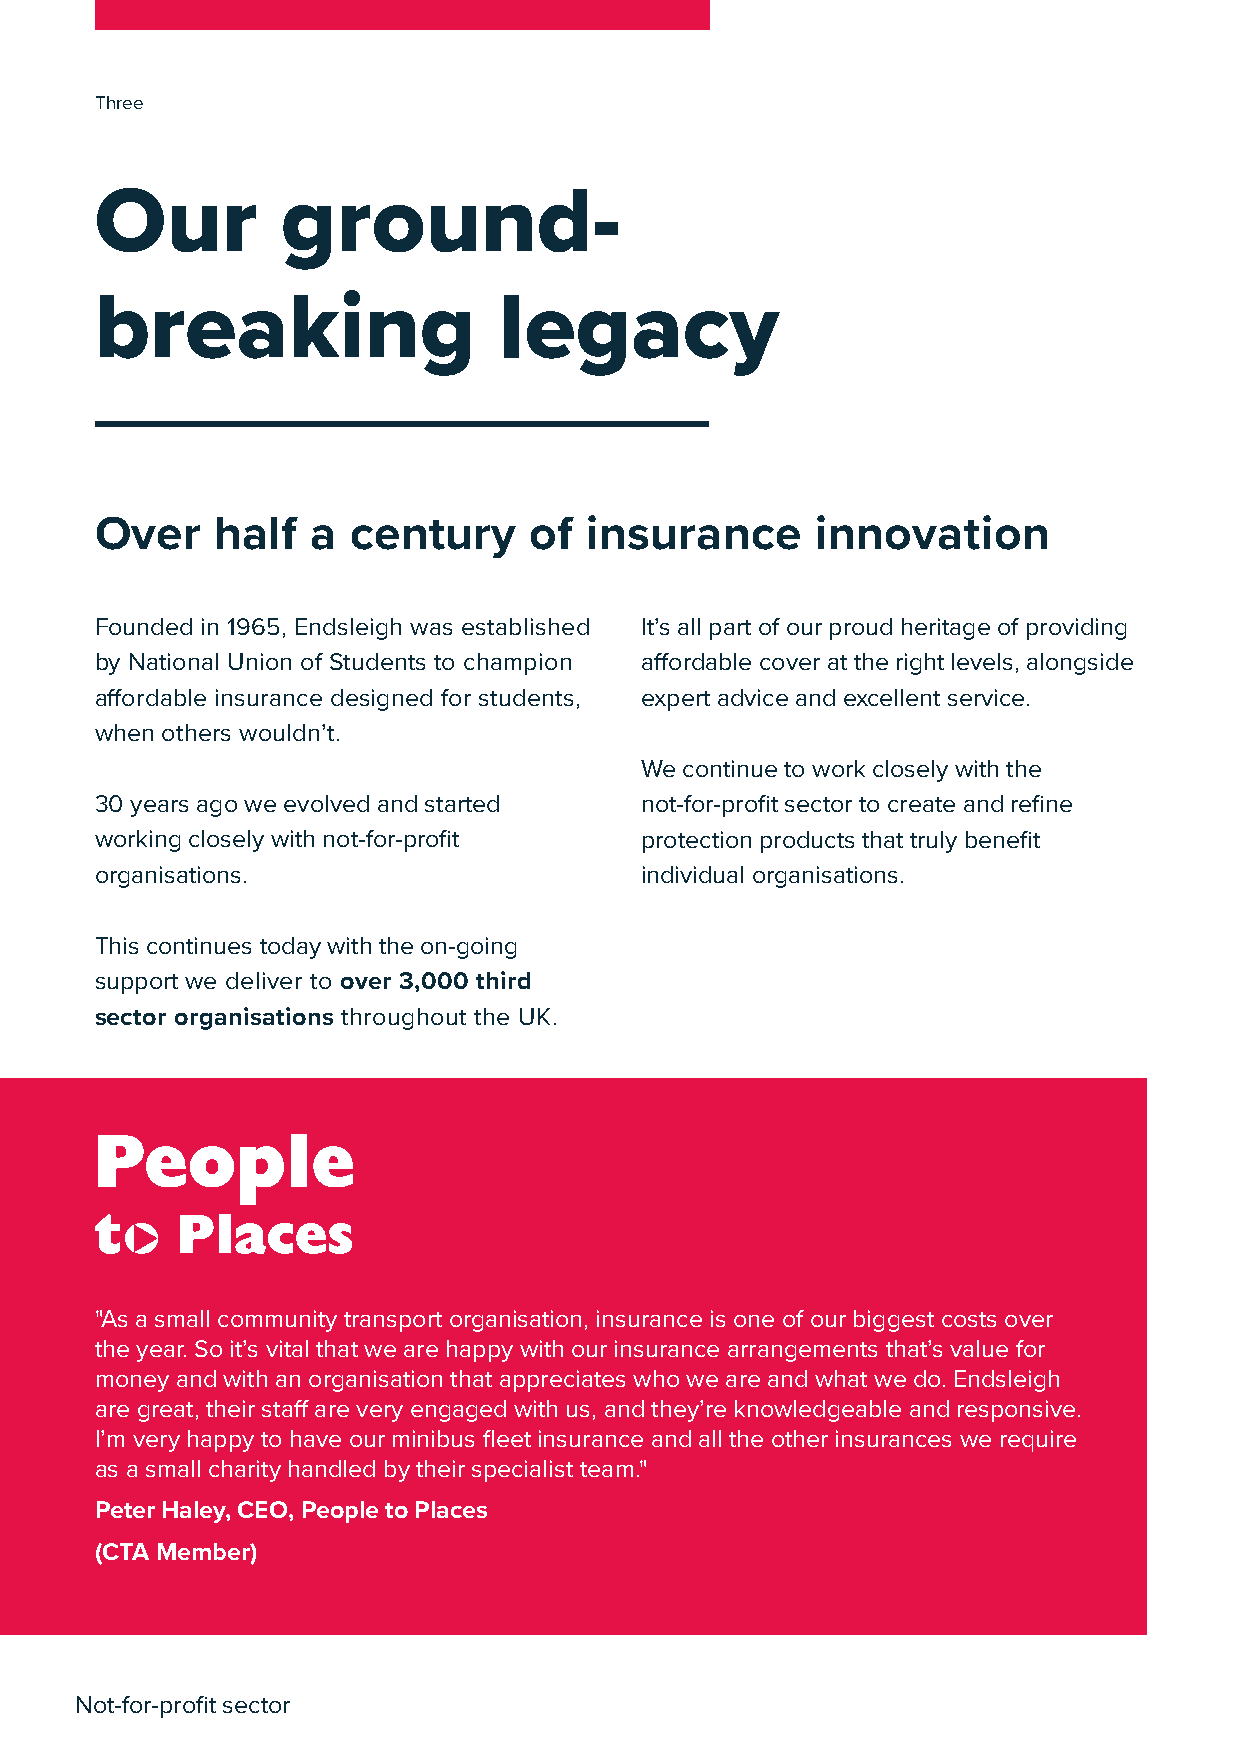
Th0r4ee
 Our          ground-
 breaking                   legacy
 Over    half   a century     of  insurance      innovation
 Founded in 1965, Endsleigh was established It’s all part of our proud heritage of providing
 by National Union of Students to champion affordable cover at the right levels, alongside
 affordable insurance designed for students, expert advice and excellent service.
 when others wouldn’t.
 We continue to work closely with the
 30 years ago we evolved and started not-for-profit sector to create and refine
 working closely with not-for-profit protection products that truly benefit
 organisations.                      individual organisations.
 This continues today with the on-going
 support we deliver to over 3,000 third
 sector organisations throughout the UK.
 "As a small community transport organisation, insurance is one of our biggest costs over
 the year. So it’s vital that we are happy with our insurance arrangements that’s value for
 money and with an organisation that appreciates who we are and what we do. Endsleigh
 are great, their staff are very engaged with us, and they’re knowledgeable and responsive.
 I’m very happy to have our minibus fleet insurance and all the other insurances we require
 as a small charity handled by their specialist team."
 Peter Haley, CEO, People to Places
 (CTA Member)
 Not-for-profit sector